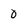
Character: 0